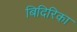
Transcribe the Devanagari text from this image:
बिदिरिका